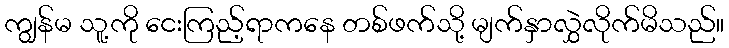
ကျွန်မ သူ့ကို ငေးကြည့်ရာကနေ တစ်ဖက်သို့ မျက်နှာလွှဲလိုက်မိသည်။